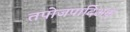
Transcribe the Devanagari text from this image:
तपोजपादिअक्ं